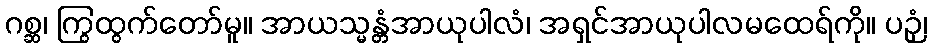
ဂစ္ဆ၊ ကြွထွက်တော်မူ။ အာယသ္မန္တံအာယုပါလံ၊ အရှင်အာယုပါလမထေရ်ကို။ ပဉှံ၊